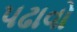
પઢાવો